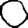
Digit: 0